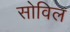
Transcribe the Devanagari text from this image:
सोविल